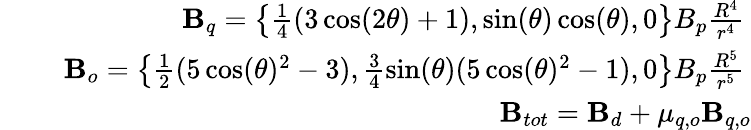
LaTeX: \begin{array}{rlr}{\mathrm{~}}&{{}}&{{\mathbf B}_{q}=\left\{ \frac{1}{4}(3\cos(2\theta)+1),\sin(\theta)\cos(\theta),0\right\} B_{p}\frac{R^{4}}{r^{4}}\mathrm{~}}\\ {\mathrm{~}}&{{}}&{{\mathbf B}_{o}=\left\{ \frac{1}{2}(5\cos(\theta)^{2}-3),\frac{3}{4}\sin(\theta)(5\cos(\theta)^{2}-1),0\right\} B_{p}\frac{R^{5}}{r^{5}}\mathrm{~}}\\ {\mathrm{~}}&{{}}&{{\mathbf B}_{tot}={\mathbf B}_{d}+\mu_{q,o}{\mathbf B}_{q,o}}\end{array}